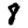
Digit: 8